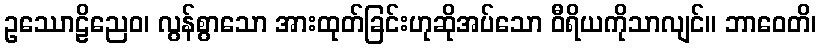
ဥဿောဠိညေဝ၊ လွန်စွာသော အားထုတ်ခြင်းဟုဆိုအပ်သော ဝီရိယကိုသာလျင်။ ဘာဝေတိ၊